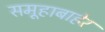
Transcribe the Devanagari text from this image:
समूहाबाहेर